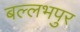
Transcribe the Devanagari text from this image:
बल्लभपुर